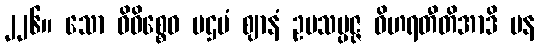
၂၂၆။ သော ဝိဝိစ္စေဝ ပဌမံ ဈာနံ ဥပသမ္ပဇ္ဇ ဝိဟရတီတိအာဒိ ပန